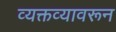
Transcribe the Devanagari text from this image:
व्यक्तव्यावरून